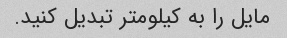
مایل را به کیلومتر تبدیل کنید.